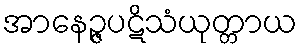
အာနေဉ္ဇပဋိသံယုတ္တာယ